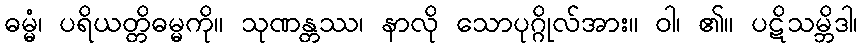
ဓမ္မံ၊ ပရိယတ္တိဓမ္မကို။ သုဏန္တဿ၊ နာလို သောပုဂ္ဂိုလ်အား။ ဝါ၊ ၏။ ပဋိသမ္ဘိဒါ၊